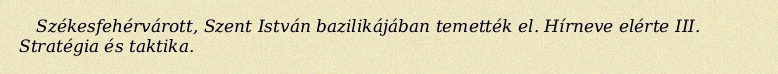
Székesfehérvárott, Szent István bazilikájában temették el. Hírneve elérte III. Stratégia és taktika.